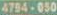
4794-050